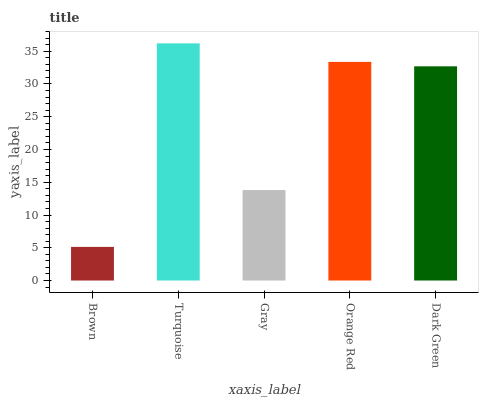
| xaxis_label | bars |
 | --- | --- |
 | Brown | 5.13 |
 | Turquoise | 36.2 |
 | Gray | 13.8 |
 | Orange Red | 33.4 |
 | Dark Green | 32.7 |